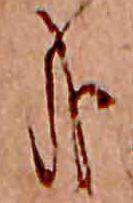
哉